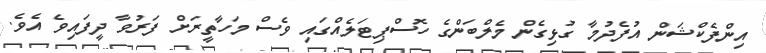
އިންފެކްޝަން އުފެދުމާ ގުޅިގެން މެލްބަންގެ ހޮސްޕިޓަލެއްގައި ވެސް މަހާތީރަށް ފަރުވާ ދީފައިވެ އެވެ.